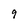
Character: 9